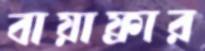
বায়াফ্রার